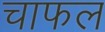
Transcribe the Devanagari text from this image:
चाफल